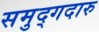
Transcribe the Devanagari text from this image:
समुद्गदारु